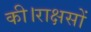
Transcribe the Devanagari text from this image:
की।राक्षसों